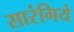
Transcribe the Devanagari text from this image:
सारंगिये